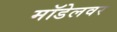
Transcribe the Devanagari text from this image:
मॉडेलवर